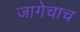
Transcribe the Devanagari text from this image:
जागेचाच